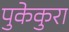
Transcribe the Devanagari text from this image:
पुकेकुरा